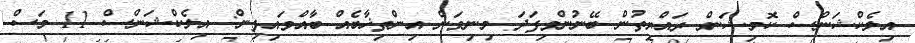
އިލެކްޝަންސް ކޮމިޝަން ރައްޔިތުން ބޭނުންވިފަދަ މިނިވަން އިންތިޚާބެއް ބާއްވައިފިން: އިލެކްޝަންސް 11 މަސް